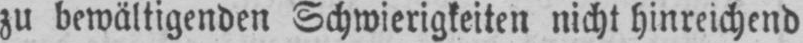
zu bewältigenden Schwierigkeiten nicht hinreichend